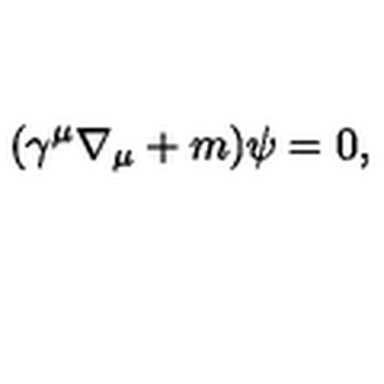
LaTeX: ( \gamma ^ { \mu } \nabla _ { \mu } + m ) \psi = 0 ,